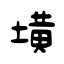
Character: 墴